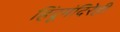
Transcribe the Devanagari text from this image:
हिंदूमंदिरेही